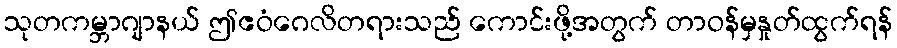
သုတကမ္ဘာဂျာနယ် ဤဧဝံဂေလိတရားသည် ကောင်းဖို့အတွက် တာဝန်မှနှုတ်ထွက်ရန်